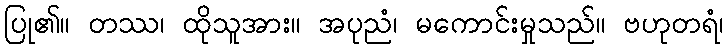
ပြု၏။ တဿ၊ ထိုသူအား။ အပုညံ၊ မကောင်းမှုသည်။ ဗဟုတရံ၊